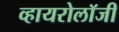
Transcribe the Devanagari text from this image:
व्हायरोलॉजी